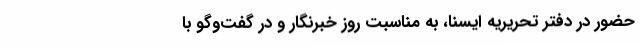
حضور در دفتر تحریریه ایسنا، به مناسبت روز خبرنگار و در گفت‌وگو با